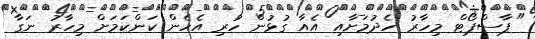
"ޕާސްޕޯޓް މިހާރު ހެދުމަށާއި އެއާ ގުޅުން ހުރި އެހެން ކަންކަމަށް މިހާރު ނަގާ